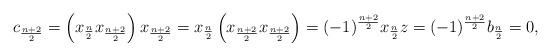
LaTeX: \begin{align*} c_{\frac{n+2}{2}} = \left(x_{\frac{n}{2}}x_{\frac{n+2}{2}}\right)x_{\frac{n+2}{2}} = x_{\frac{n}{2}}\left(x_{\frac{n+2}{2}}x_{\frac{n+2}{2}}\right) = (-1)^{\frac{n+2}{2}}x_{\frac{n}{2}}z = (-1)^{\frac{n+2}{2}}b_{\frac{n}{2}} = 0, \end{align*}